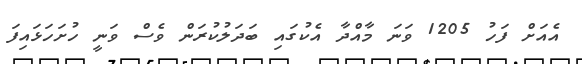
އެއަށް ފަހު 1205 ވަނަ މާއްދާ އެކުގައި ބަދަލުކުރަން ވެސް ވަނީ ހުށަހަޅައިފަ